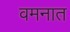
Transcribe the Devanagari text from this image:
वमनात